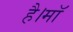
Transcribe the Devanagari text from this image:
है।माॅ